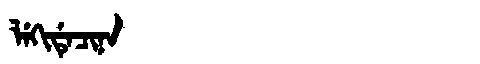
Manchu: ᠯᡝᡴᡳᡩᡝᠴᡳᠨᠠ
Romanization: LEKIDECINA